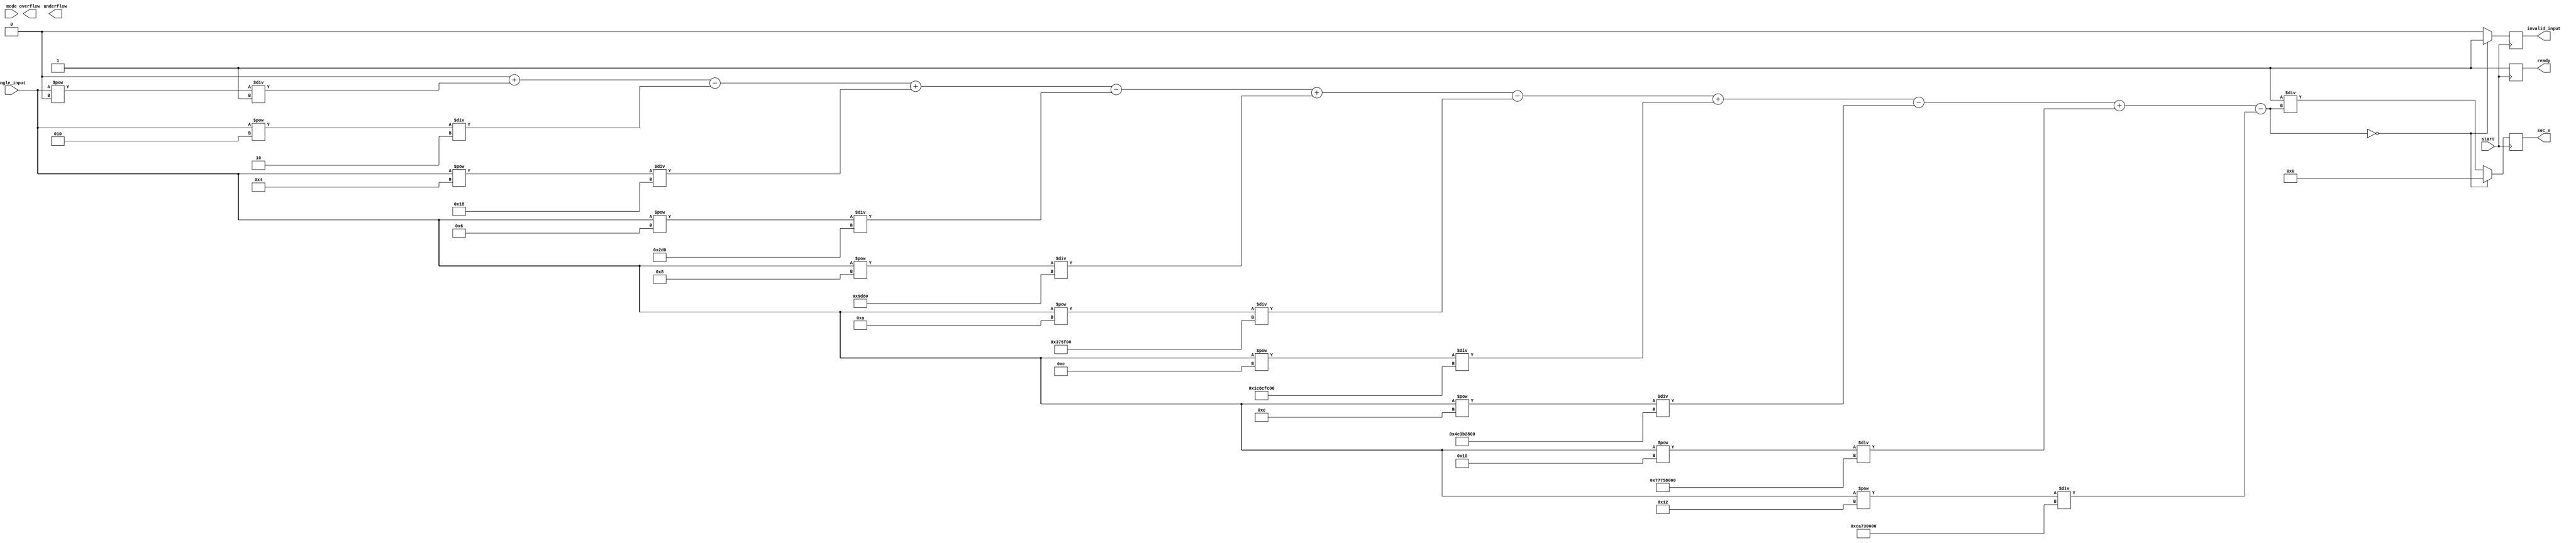
module secant_function (
    input wire [31:0] angle_input, // Input angle in radians (fixed-point or floating-point)
    input wire start,               // Control signal to start computation
    input wire mode,                // 0: fixed-point, 1: floating-point
    output reg [31:0] sec_x,        // Secant output
    output reg overflow,            // Overflow flag
    output reg underflow,           // Underflow flag
    output reg invalid_input,       // Invalid input flag
    output reg ready                // Ready signal to indicate output is valid
);

    reg [31:0] cos_x;               // Cosine output
    reg [31:0] reciprocal;          // Reciprocal of cosine
    reg [31:0] taylor_cos;          // Taylor series approximation for cosine
    integer i;

    // Taylor series approximation for cosine
    function [31:0] taylor_cosine;
        input [31:0] x;
        integer n;
        begin
            taylor_cosine = 32'h00000000; // Initialize to 0
            for (n = 0; n < 10; n = n + 1) begin
                if (n % 2 == 0) begin
                    taylor_cosine = taylor_cosine + (x ** (2 * n)) / factorial(2 * n);
                end else begin
                    taylor_cosine = taylor_cosine - (x ** (2 * n)) / factorial(2 * n);
                end
            end
        end
    endfunction

    // Factorial function
    function [31:0] factorial;
        input integer n;
        integer j;
        begin
            factorial = 1;
            for (j = 1; j <= n; j = j + 1) begin
                factorial = factorial * j;
            end
        end
    endfunction

    // Compute secant
    always @(posedge start) begin
        // Compute cosine using Taylor series
        cos_x = taylor_cosine(angle_input);
        
        // Check for invalid input (cos(x) = 0)
        if (cos_x == 0) begin
            invalid_input = 1;
            sec_x = 32'h00000000; // Set output to 0 or some error value
        end else begin
            invalid_input = 0;
            reciprocal = 32'h00000001 / cos_x; // Compute reciprocal
            sec_x = reciprocal; // Set secant output
        end
        
        // Set ready signal
        ready = 1;
    end

endmodule